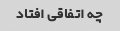
چه اتفاقی افتاد